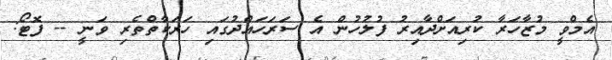
އެމްވީ މުޒާހަރާ ކުރިއަށްދާއިރު ފުލުހުން އެ ސަރަހައްދުގައި ހަރަކާތްތެރި ވަނީ -- ފޮޓޯ: